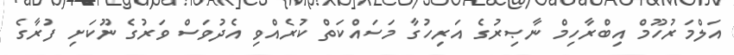
އަލްމަރުހޫމް އިބްރާހިމް ނާޞިރުގެ އަރިހުގާ މަސައްކަތް ކުރެއްވި އެދުވަސް ވަރުގެ ނޫކަށި ފުރާގެ